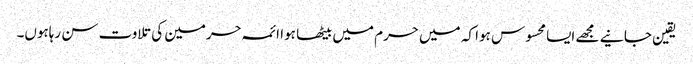
یقین جانیے مجھے ایسا محسوس ہوا کہ میں حرم میں بیٹھا ہوا ائمہ حرمین کی تلاوت سن رہاہوں۔